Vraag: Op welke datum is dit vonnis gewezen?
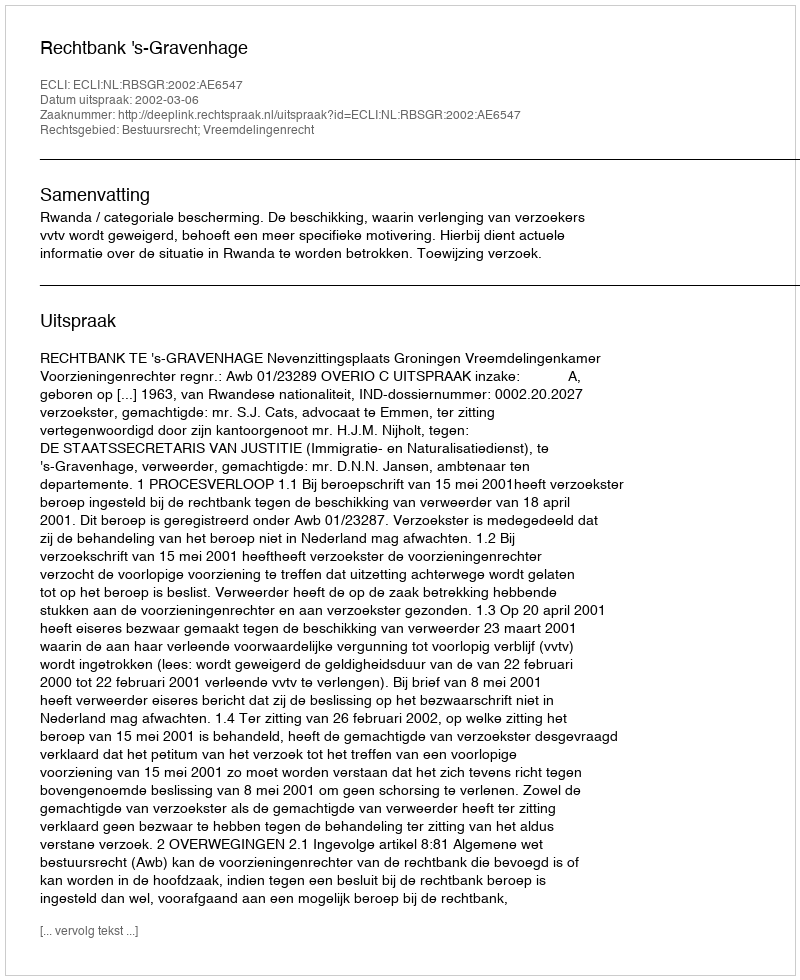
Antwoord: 2002-03-06